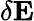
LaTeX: \mathbf{\delta E}